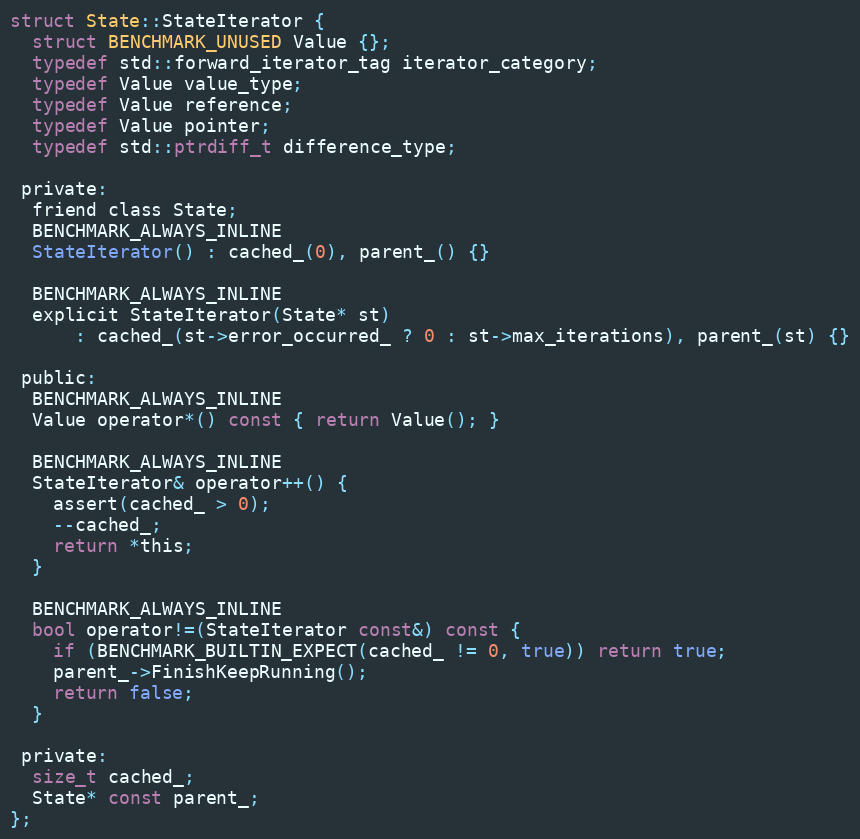
Language: C
struct State::StateIterator {
  struct BENCHMARK_UNUSED Value {};
  typedef std::forward_iterator_tag iterator_category;
  typedef Value value_type;
  typedef Value reference;
  typedef Value pointer;
  typedef std::ptrdiff_t difference_type;

 private:
  friend class State;
  BENCHMARK_ALWAYS_INLINE
  StateIterator() : cached_(0), parent_() {}

  BENCHMARK_ALWAYS_INLINE
  explicit StateIterator(State* st)
      : cached_(st->error_occurred_ ? 0 : st->max_iterations), parent_(st) {}

 public:
  BENCHMARK_ALWAYS_INLINE
  Value operator*() const { return Value(); }

  BENCHMARK_ALWAYS_INLINE
  StateIterator& operator++() {
    assert(cached_ > 0);
    --cached_;
    return *this;
  }

  BENCHMARK_ALWAYS_INLINE
  bool operator!=(StateIterator const&) const {
    if (BENCHMARK_BUILTIN_EXPECT(cached_ != 0, true)) return true;
    parent_->FinishKeepRunning();
    return false;
  }

 private:
  size_t cached_;
  State* const parent_;
};